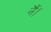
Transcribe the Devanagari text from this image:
नैं।